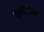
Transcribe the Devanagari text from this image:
प्रणालीयो